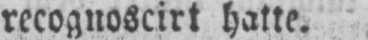
recognoscirt hatte.